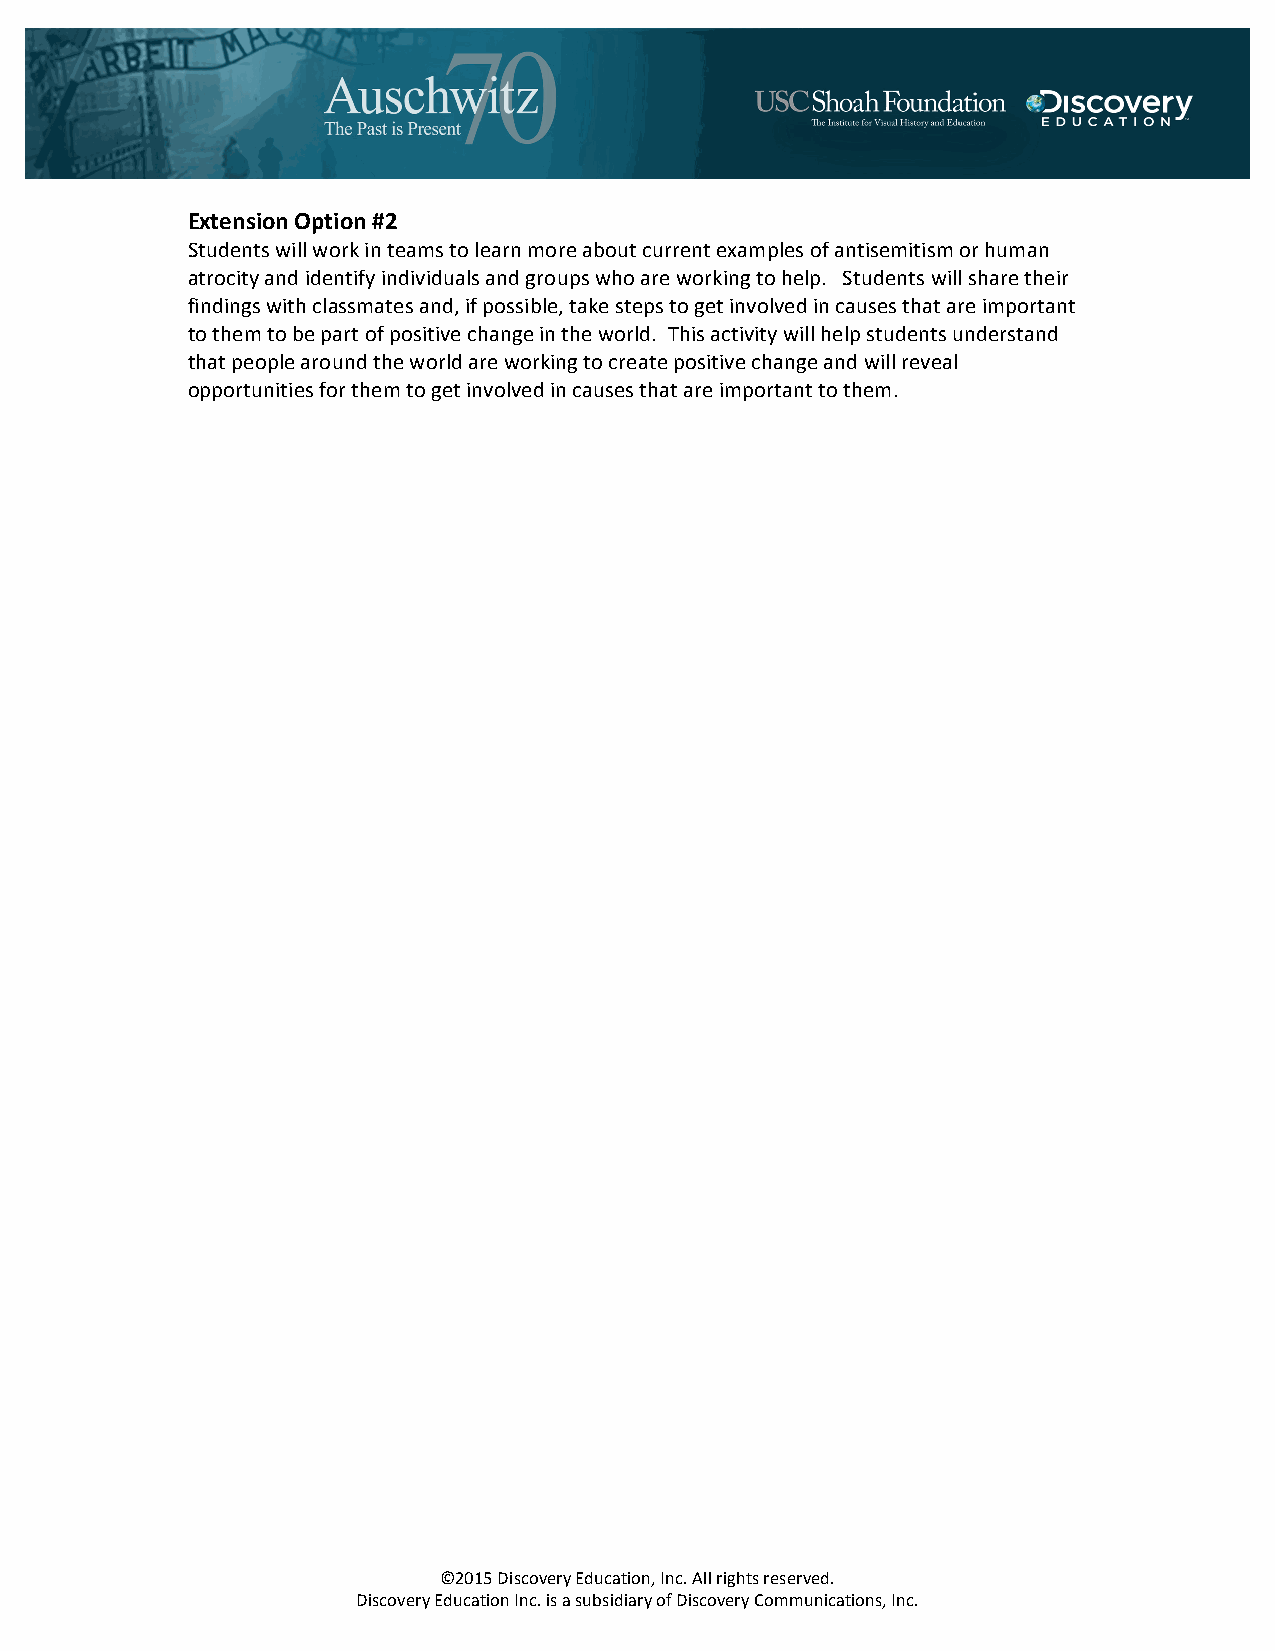
Extension Option #2
 Students will work in teams to learn more about current examples of antisemitism or human
 atrocity and identify individuals and groups who are working to help. Students will share their
 findings with classmates and, if possible, take steps to get involved in causes that are important
 to them to be part of positive change in the world. This activity will help students understand
 that people around the world are working to create positive change and will reveal
 opportunities for them to get involved in causes that are important to them.
 ©2015 Discovery Education, Inc. All rights reserved.
 Discovery Education Inc. is a subsidiary of Discovery Communications, Inc.